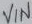
Text: VIN